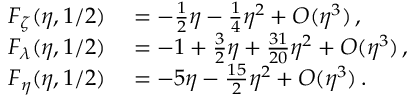
\begin{array} { r l } { F _ { \zeta } ( \eta , 1 / 2 ) } & { { } = - \frac { 1 } { 2 } \eta - \frac { 1 } { 4 } \eta ^ { 2 } + O ( \eta ^ { 3 } ) \, , } \\ { F _ { \lambda } ( \eta , 1 / 2 ) } & { { } = - 1 + \frac { 3 } { 2 } \eta + \frac { 3 1 } { 2 0 } \eta ^ { 2 } + O ( \eta ^ { 3 } ) \, , } \\ { F _ { \eta } ( \eta , 1 / 2 ) } & { { } = - 5 \eta - \frac { 1 5 } { 2 } \eta ^ { 2 } + O ( \eta ^ { 3 } ) \, . } \end{array}